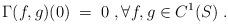
LaTeX: \begin{align*}\Gamma(f,g)(0)\;=\;0\;,\forall f,g\in C^1(S) \;. \end{align*}